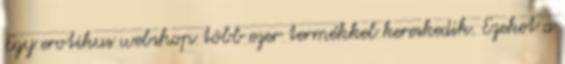
Egy erotikus webshop több ezer termékkel kereskedik. Ezeket a